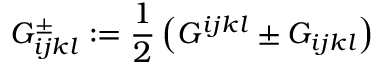
G _ { i j k l } ^ { \pm } : = \frac 1 2 \left( G ^ { i j k l } \pm G _ { i j k l } \right)